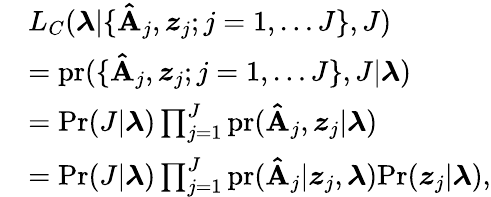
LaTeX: \begin{array}{rl}&{L_{C}(\boldsymbol{\lambda}|\{ \mathbf{\hat{A}}_{j},\boldsymbol{z}_{j};j=1,\ldots J\} ,J)}\\ &{=\mathrm{pr}(\{ \mathbf{\hat{A}}_{j},\boldsymbol{z}_{j};j=1,\ldots J\} ,J|\boldsymbol{\lambda})}\\ &{=\mathrm{Pr}(J|\boldsymbol{\lambda})\prod_{j=1}^{J}\mathrm{pr}(\mathbf{\hat{A}}_{j},\boldsymbol{z}_{j}|\boldsymbol{\lambda})}\\ &{=\mathrm{Pr}(J|\boldsymbol{\lambda})\prod_{j=1}^{J}\mathrm{pr}(\mathbf{\hat{A}}_{j}|\boldsymbol{z}_{j},\boldsymbol{\lambda})\mathrm{Pr}(\boldsymbol{z}_{j}|\boldsymbol{\lambda}),}\end{array}